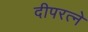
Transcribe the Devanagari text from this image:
दीपरत्ने